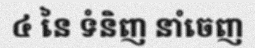
៤ នៃ ទំនិញ នាំចេញ